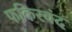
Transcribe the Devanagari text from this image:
फकिरचंद